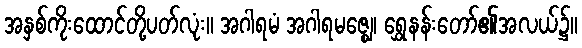
အနှစ်ကိုးထောင်တို့ပတ်လုံး။ အဂါရမံ အဂါရမဇ္ဈေ၊ ရွှေနန်းတော်၏အလယ်၌။